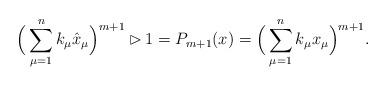
LaTeX: \begin{align*}\Big(\sum_{\mu=1}^n k_\mu \hat x_\mu\Big)^{m+1} \rhd 1 =P_{m+1}(x)=\Big(\sum_{\mu=1}^n k_\mu x_\mu\Big)^{m+1}.\end{align*}